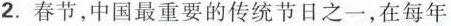
2.春节，中国最重要的传统节日之一，在每年